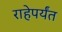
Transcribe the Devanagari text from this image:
राहेपर्यंत